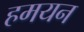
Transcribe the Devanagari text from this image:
हमयन